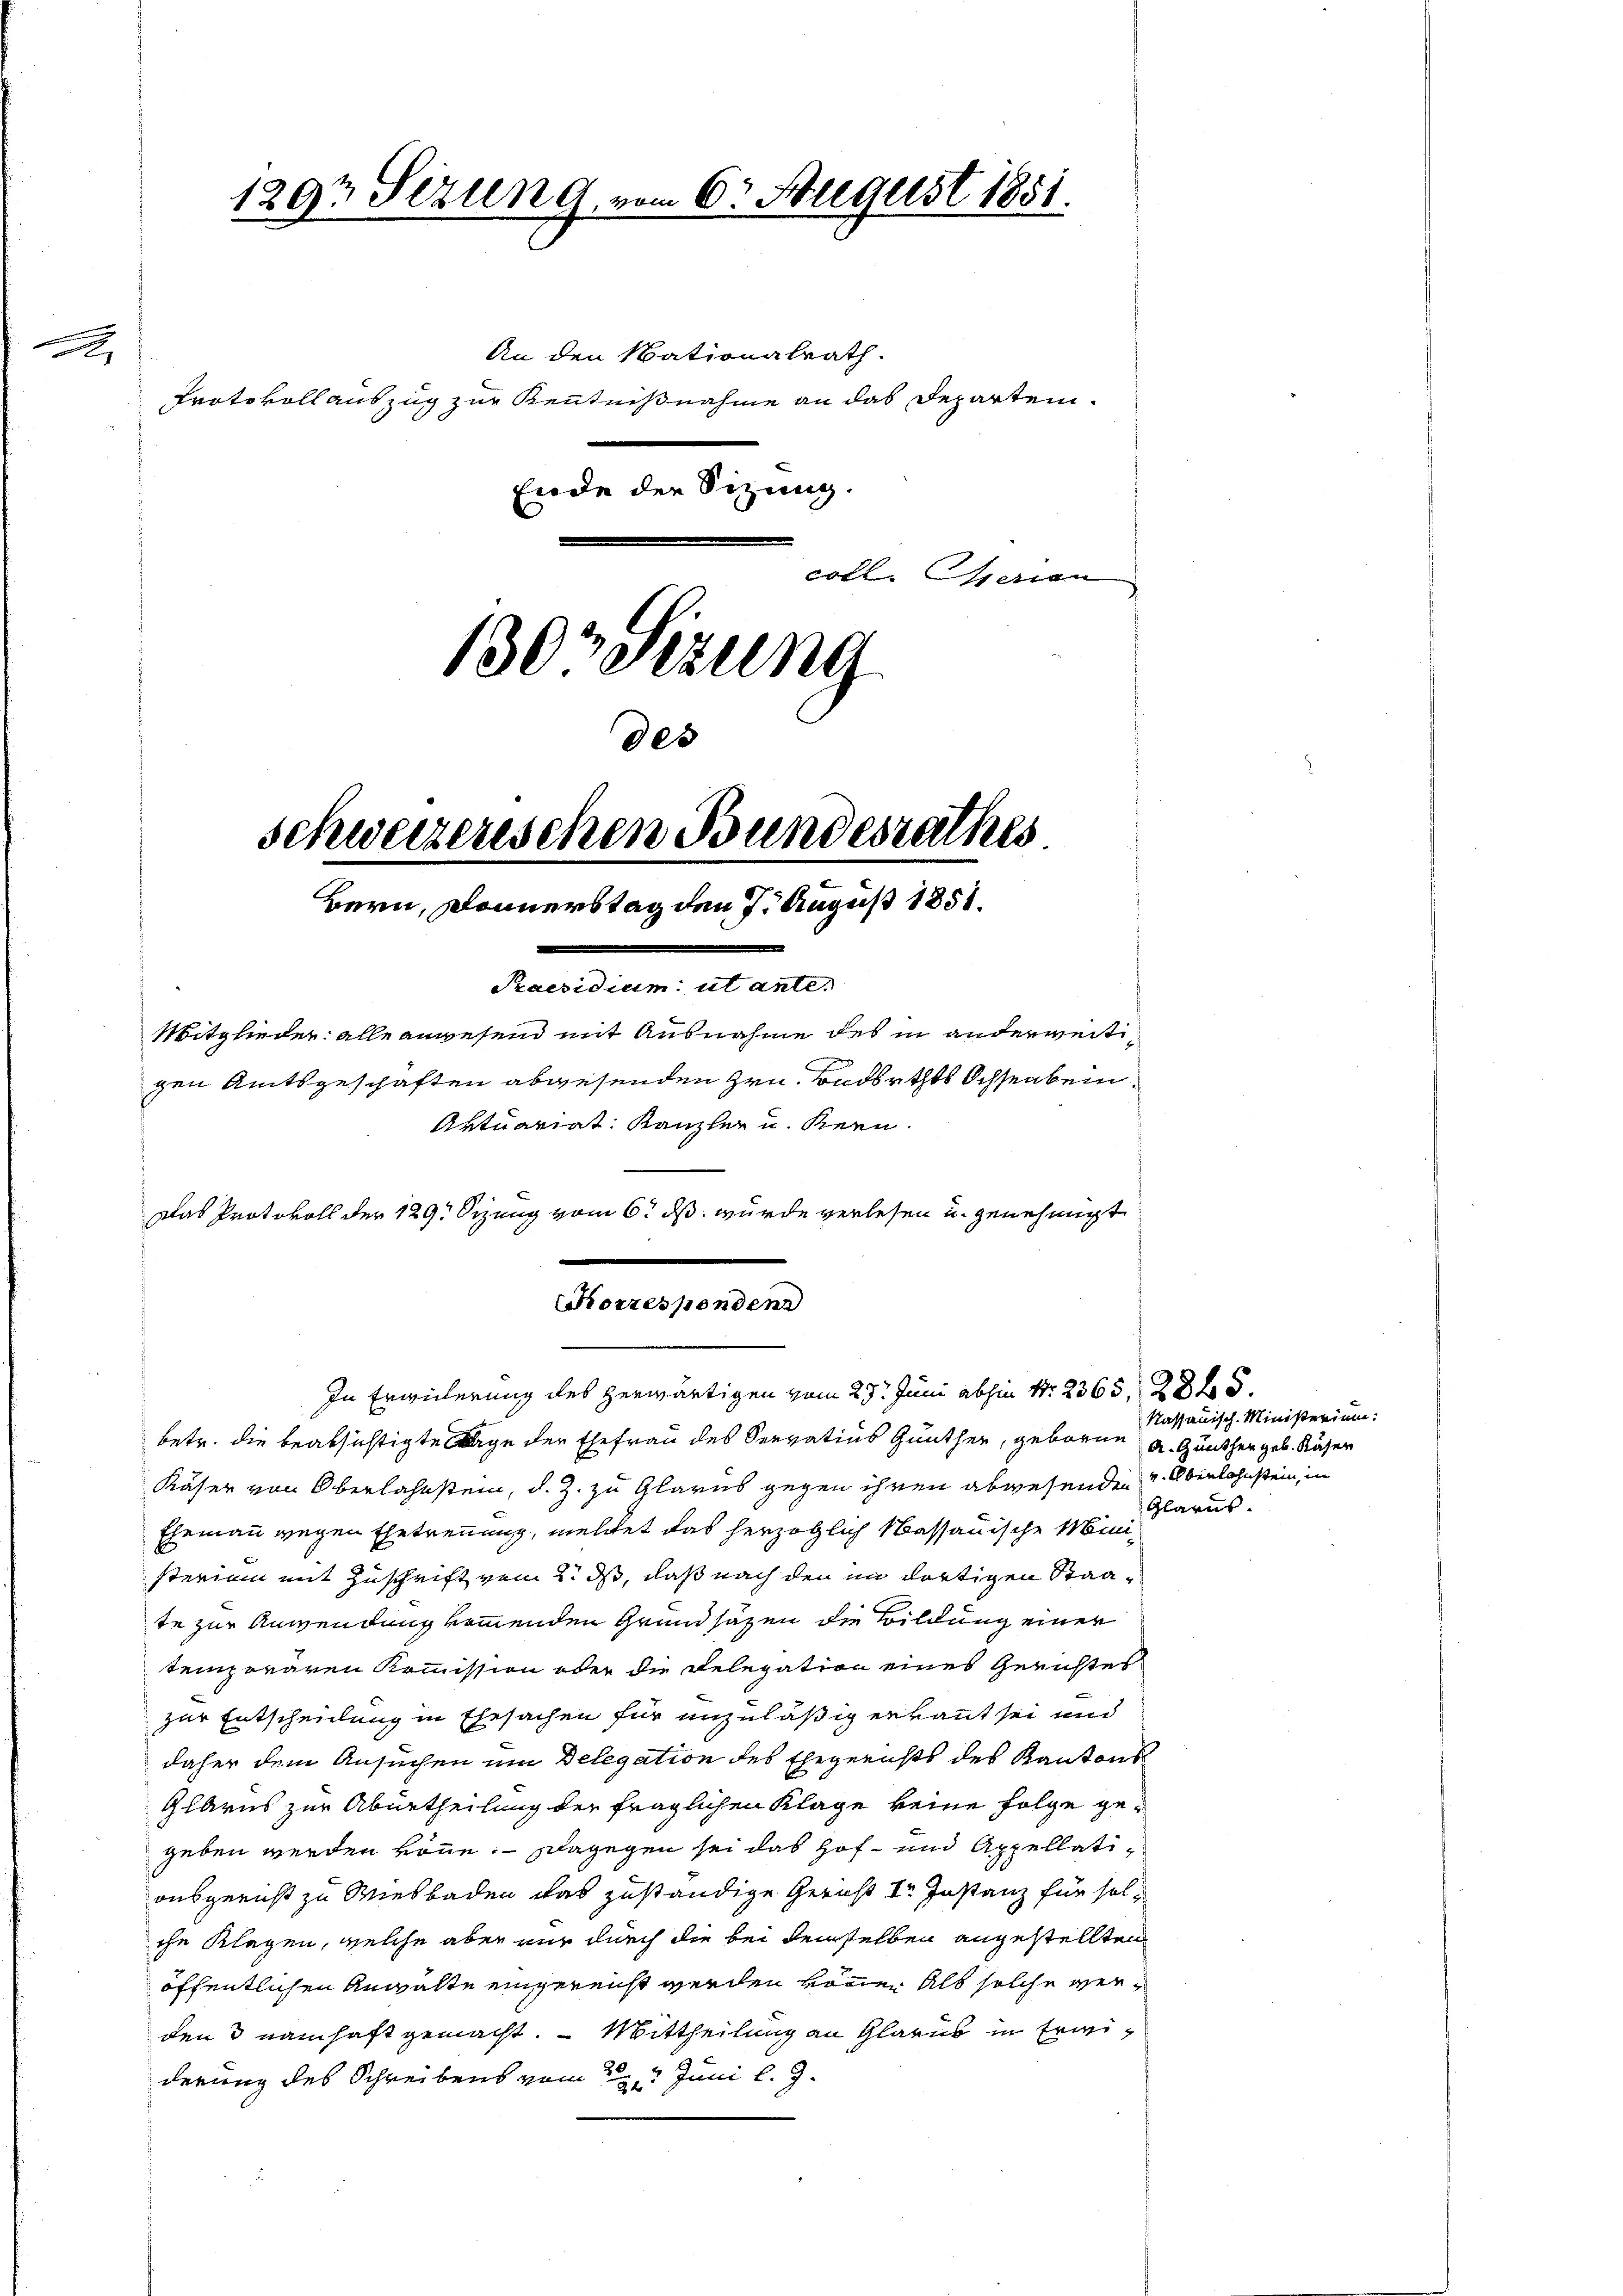
A

Protokoll auszug zur Kenntnißnahme an das Departem¬
130 Sizung
des

1297 Sizung, vo

coll. Gerien

Schweizerischen Bundesrathes
Bern, Donnerstag den 7. August 1851.

An den Nationalrath.

Praesidium ut anle¬
Mitglieder: alle anwesend mit Ausnahme des in anderweitigen Amtsgeschäften abwesenden Hrn. Badbethes Ochsenbein.
Aktuariat Kanzler u. Kern
Das Protokoll der 129. Sizung vom 6. ds. wurde verlesen u. genehmigt

Korresponden
In Erwicherung des herwärtigen vom 27. Juni abhin Nr. 2365, 285.

Ende der Sitzung.

5. August 1881.

betr. die beabsichtigte Tage der Ehefrau des Servatius Günther, geboren a. Günther geb. Käser
Käser von Oberlahnstein, d. Z. zu Glarus gegen ihren abwesenden v. Oberlahnstein, in
Ehemann wegen Ehetrennung, meldet das herzoglich Massauische Ministerium mit Zuschrift vom 2. ds, daß nach den im dortigen Staate zur Anwendung kommenden Grundsätzen die Bildung einer
temporären Kommission oder die Delegation eines Gerichtes
zur Entscheidung in Ehesachen für unzuläßig erkannt sei und
daher dem Ansuchen um Delegation des Ehegerichts des Kantons
Glarus zur Abuetheilung der fraglichen Klage keine Folge gegeben werden könne. Dagegen sei das Hof- und Appellatiausgericht zu Wiesbaden das zuständige Gericht dr. Instanz für solche Klagen, welche aber nur durch die bei demselben angestellten
öffentlichen Anwälte eingereicht werden können als solche verden 3 namhaft gemacht. Mittheilung an Glarus in Erwiderung des Schreibens vom 22 Juni l. J.

Kassauisch. Ministerium:

Glarus.